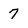
Character: 7